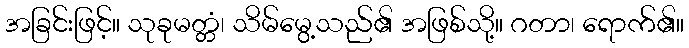
အခြင်းဖြင့်။ သုခုမတ္တံ၊ သိမ်မွေ့သည်၏ အဖြစ်သို့။ ဂတာ၊ ရောက်၏။